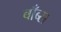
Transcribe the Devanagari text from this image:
बाँब्स